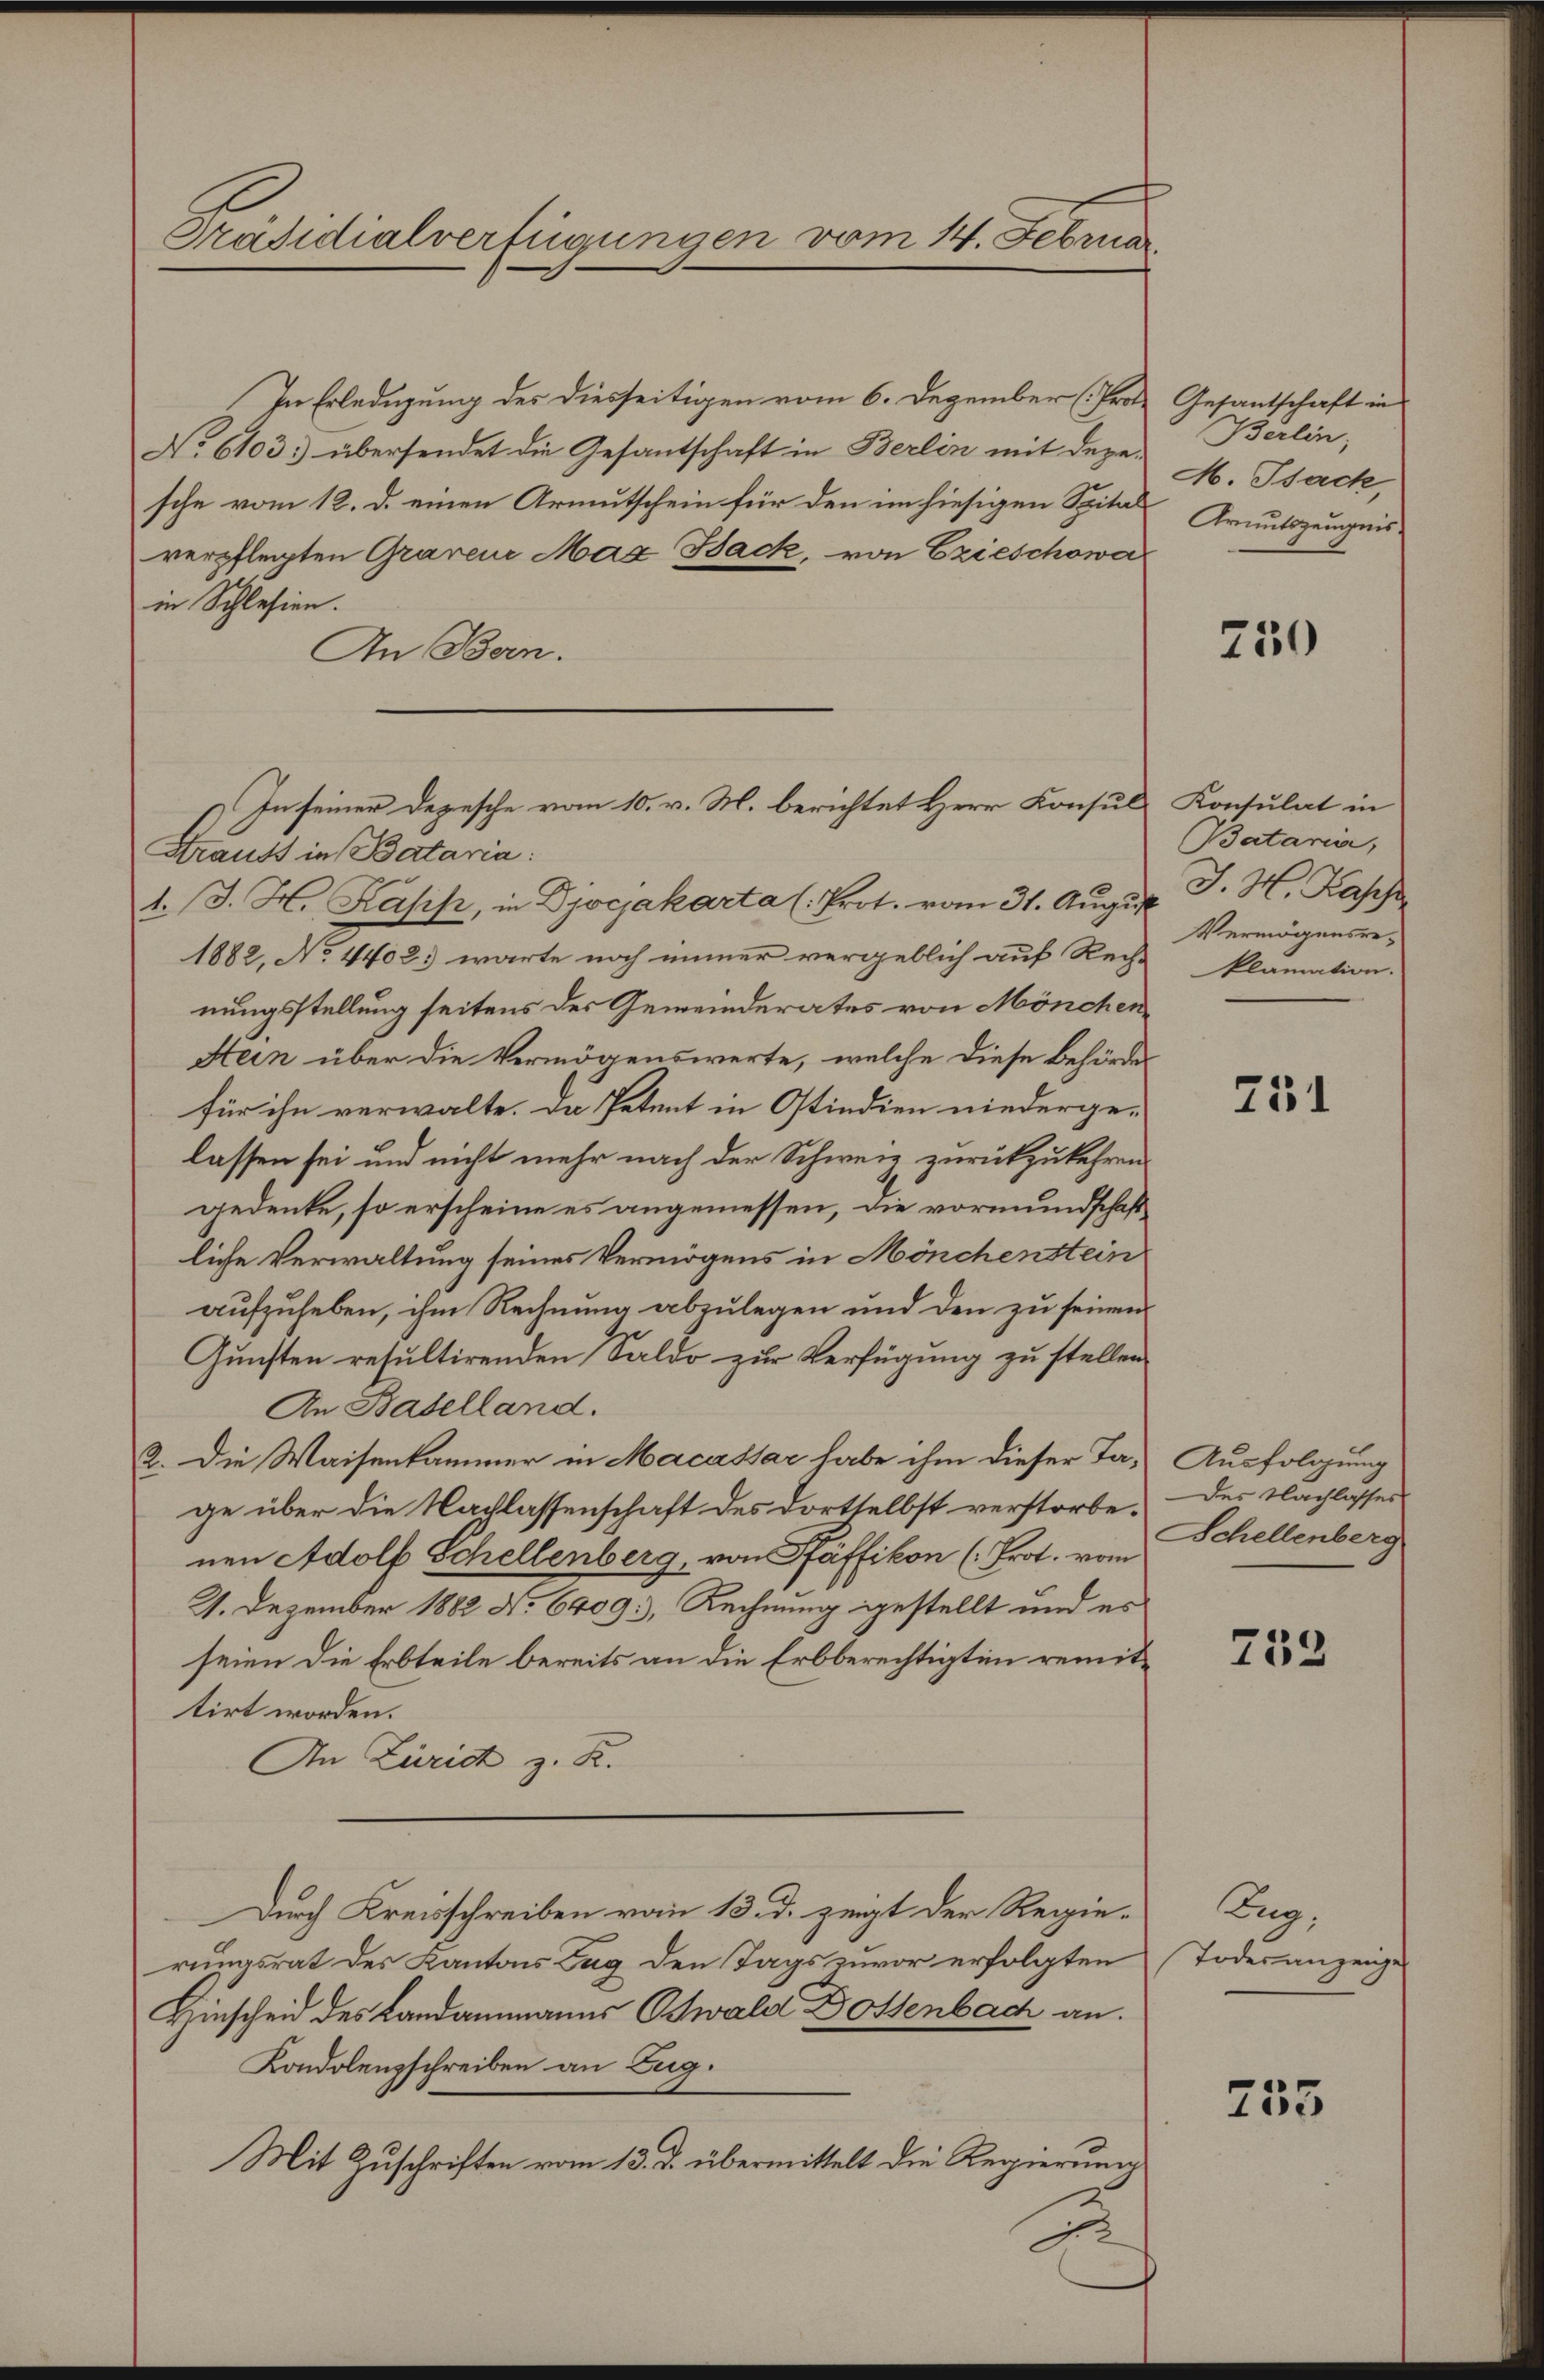
Präsidialverfügungen vom 14. Februar

In Erledigung des diesseitigen vom 6. Dezember (Prot.
No 6103) übersendet die Gesantschaft in Berlin mit dere
sche vom 12. d. einen Armutschein für den im hiesigen Spitalverpflegten Gravene Max Back, von Ezieschowa
in Schlesien.
An Bern.
Krauts in Bataria:
1. J. H. Kapis, in Dyvejakarta (Prot. vom 31. August. J. H. Kass
1882, No 4402. warte noch immer vergeblich auf Rech-
nungsstellung seitens der Gemeinderates von Mönchen
Stein über die Vermögenswerte, welche diese Behörder
für ihn verwalte. Da Petent in Ostindien niederge-
lassen sei und nicht mehr nach der Schweiz zurückzukehren
gedenke, so erscheine es angemessen, die vormundschaftliche Verwaltung seines Vermögens in Mönchenstein
aufzuheben, ihm Rechnung abzulegen und den zu seinen
Gunsten resultirenden Saldo zur Verfügung zu stellen.
An Baselland.
2. Die Waisenkammer in Macassar habe ihm dieser Ta- Ausfolgung
ge über die Nachlassenschaft des dortselbst verstorbe. Der Nachlasses
nen Adolf Schellenberg, von Pfäffikon (Prot. vom
2. Dezember 1882 No 6409., Rechnung gestellt und es
seien die Erbteile bereits an die Erbberechtigten remittirt worden.
An Zürich z. R.
Durch Kreisschreiben vom 13. d. zeigt der Regierungsrat des Kantons Zug den Tags zuvor erfolgten
Hinscheid des Landammanns Oswald Dottenbach an.
Kondolenzschreiben an Zug.
Mit Zuschriften vom 13. d. übermittelt die Regierung
2

In seiner Depesche vom 10. v. M. berichtet Herr Konsul

Gesantschaft in
Berlin,
M. Psack,
Armutszeugnis

750

Konsulat in
Bataria,
Vermögensreklamation.

751

Schellenberg

233

Zug,
Todesanzeige

255